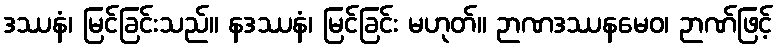
ဒဿနံ၊ မြင်ခြင်းသည်။ နဒဿနံ၊ မြင်ခြင်း မဟုတ်။ ဉာဏဒဿနမေဝ၊ ဉာဏ်ဖြင့်